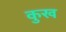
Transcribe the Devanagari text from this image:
कुख